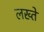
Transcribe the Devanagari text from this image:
लख्ते